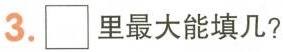
3.□里最大能填几？